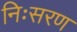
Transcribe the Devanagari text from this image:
निःसरण